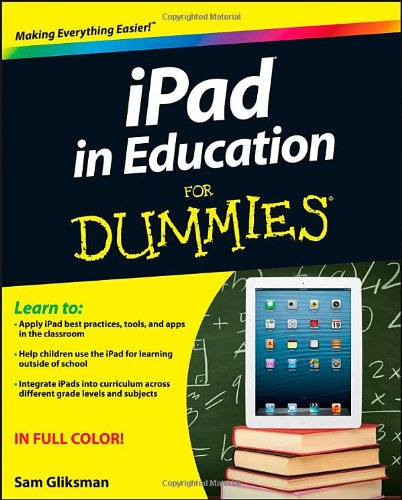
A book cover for iPad in Education For Dummies; Sam Gliksman; Computers & Technology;